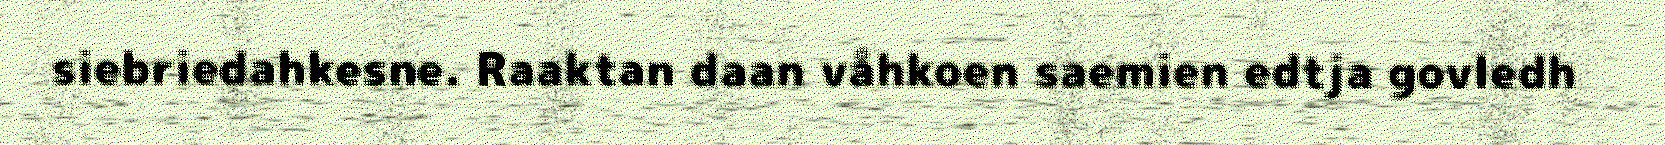
siebriedahkesne. Raaktan daan våhkoen saemien edtja govledh